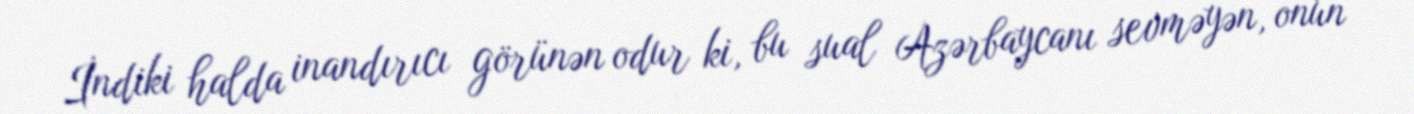
İndiki halda inandırıcı görünən odur ki, bu sual Azərbaycanı sevməyən, onun